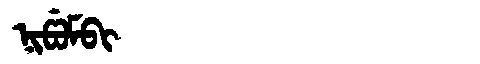
Manchu: ᠨᡳᡦᡠᠮᠪᡳ
Romanization: NIPUMBI